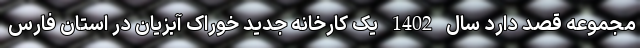
مجموعه قصد دارد سال 1402 یک کارخانه جدید خوراک آبزیان در استان فارس